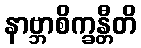
နာဗ္ဘာစိက္ခန္တီတိ